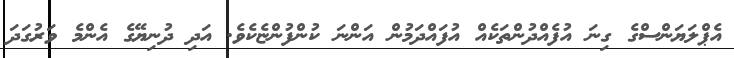
އެޕްލަޔަންސްގެ ގިނަ އުފެއްދުންތަކެއް އުފައްދަމުން އަންނަ ކުންފުންޏެކެވެ. އަދި ދުނިޔޭގެ އެންމެ ވަރުގަދަ